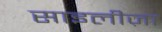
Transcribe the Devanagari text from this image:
साइलीज़ा